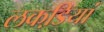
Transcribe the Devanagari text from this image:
लकडि़यां